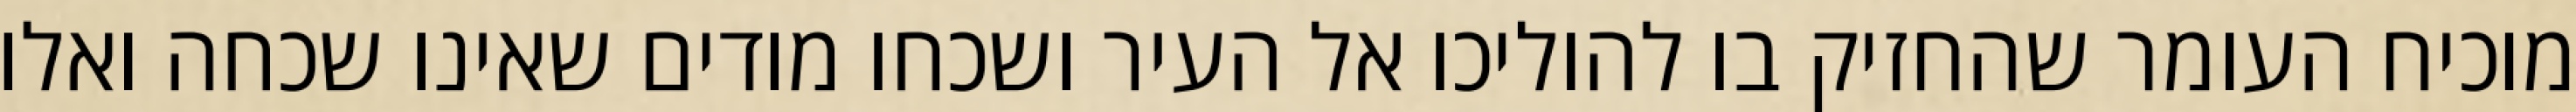
מוכיח העומר שהחזיק בו להוליכו אל העיר ושכחו מודים שאינו שכחה ואלו